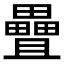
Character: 𪽤